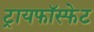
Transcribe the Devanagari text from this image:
ट्रायफॉस्फेट